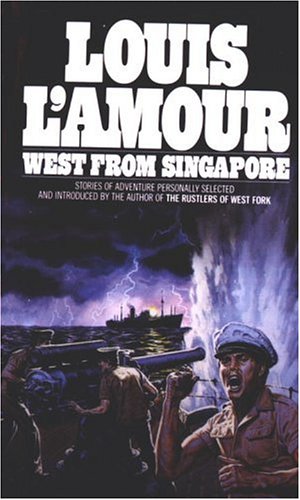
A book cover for West from Singapore; Louis L'Amour; Literature & Fiction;